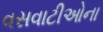
વસવાટીઓના